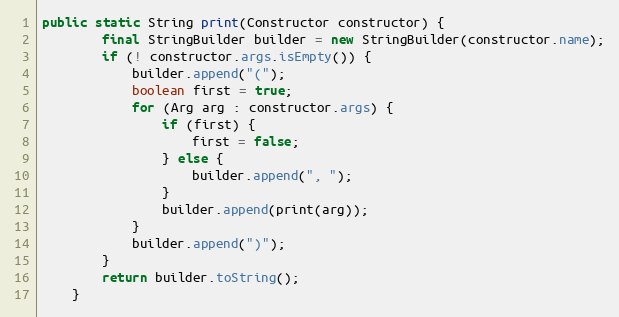
Language: Java
public static String print(Constructor constructor) {
        final StringBuilder builder = new StringBuilder(constructor.name);
        if (! constructor.args.isEmpty()) {
            builder.append("(");
            boolean first = true;
            for (Arg arg : constructor.args) {
                if (first) {
                    first = false;
                } else {
                    builder.append(", ");
                }
                builder.append(print(arg));
            }
            builder.append(")");
        }
        return builder.toString();
    }